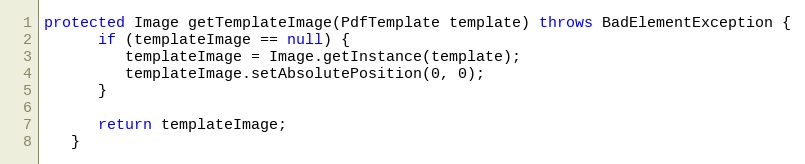
Language: Java
protected Image getTemplateImage(PdfTemplate template) throws BadElementException {
      if (templateImage == null) {
         templateImage = Image.getInstance(template);
         templateImage.setAbsolutePosition(0, 0);
      }

      return templateImage;
   }